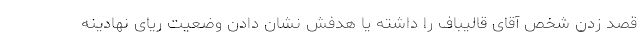
قصد زدن شخص آقای قالیباف را داشته یا هدفش نشان دادن وضعیت ریای نهادینه